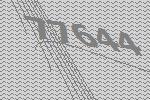
77644